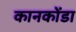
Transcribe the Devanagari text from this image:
कानकोंडा